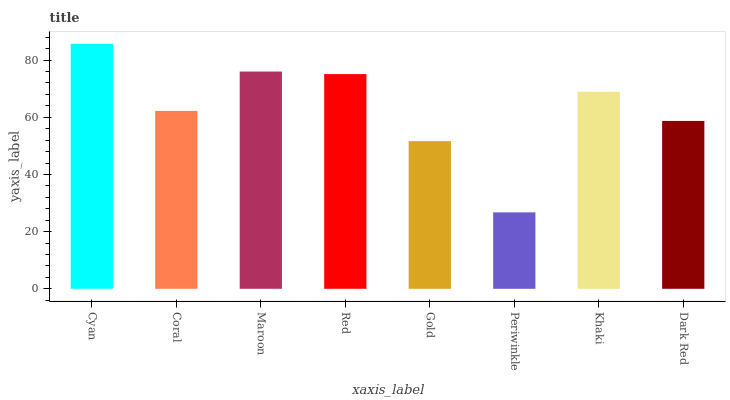
| xaxis_label | bars |
 | --- | --- |
 | Cyan | 85.7 |
 | Coral | 62.2 |
 | Maroon | 76 |
 | Red | 75.1 |
 | Gold | 51.7 |
 | Periwinkle | 26.7 |
 | Khaki | 68.9 |
 | Dark Red | 58.7 |